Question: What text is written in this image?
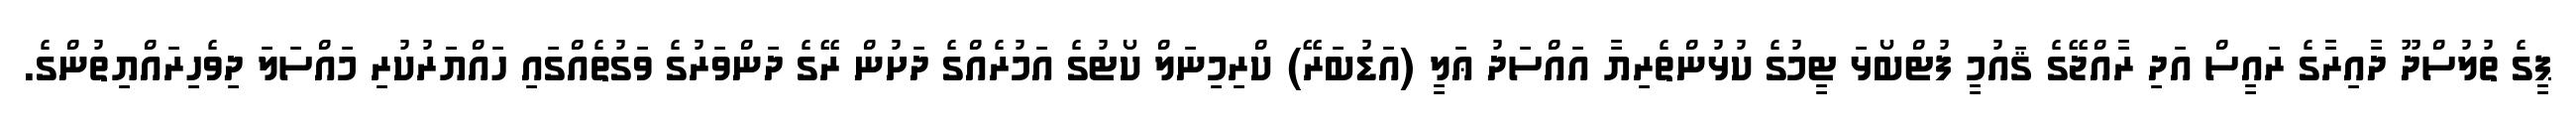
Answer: ޕީގެ ތުލުސްދޫ ދާއިރާގެ ރައީސް އަދި ރާއްޖޭގެ ޤައުމީ ފުޓްބޯޅަ ޓީމުގެ ކުޅުންތެރިޔާ އައްސަދު ޢަލީ (އަޑުބަރޭ) ކްރިމިނަލް ކޯޓުގެ އަމުރެއްގެ ދަށުން ރޭގެ ދަންވަރުގެ ވަގުތެއްގައި ހައްޔަރުކުރި މައްސަލަ ދިވެހިރައްޔިތުންގެ.